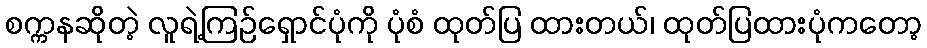
စက္ကနဆိုတဲ့ လူရဲ့ကြဉ်ရှောင်ပုံကို ပုံစံ ထုတ်ပြ ထားတယ်၊ ထုတ်ပြထားပုံကတော့